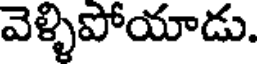
వెళ్ళిపోయాడు.